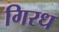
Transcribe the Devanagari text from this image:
गिरध